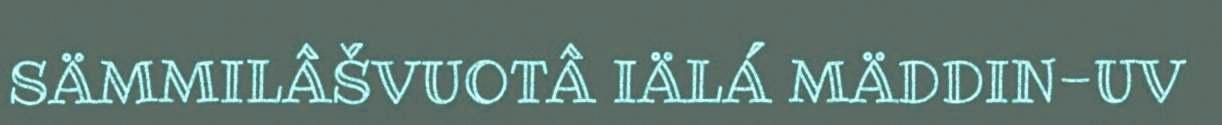
SÄMMILÂŠVUOTÂ IÄLÁ MÄDDIN-UV